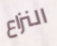
النزاع